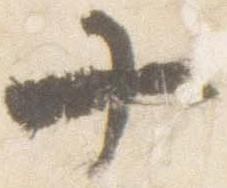
十